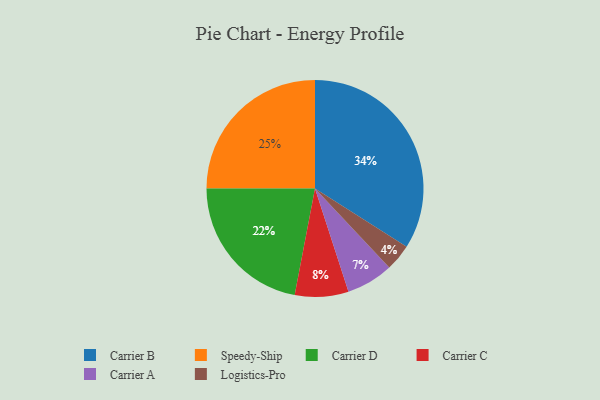
{"axis": {"x": "Category", "y": "Percentage"}, "legend": ["Carrier A", "Carrier B", "Carrier C", "Carrier D", "Logistics-Pro", "Speedy-Ship"], "data": [{"x": "Carrier C", "y": 8, "type": "Carrier C"}, {"x": "Carrier D", "y": 22, "type": "Carrier D"}, {"x": "Carrier A", "y": 7, "type": "Carrier A"}, {"x": "Logistics-Pro", "y": 4, "type": "Logistics-Pro"}, {"x": "Speedy-Ship", "y": 25, "type": "Speedy-Ship"}, {"x": "Carrier B", "y": 34, "type": "Carrier B"}]}